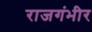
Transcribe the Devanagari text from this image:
राजगंभीर